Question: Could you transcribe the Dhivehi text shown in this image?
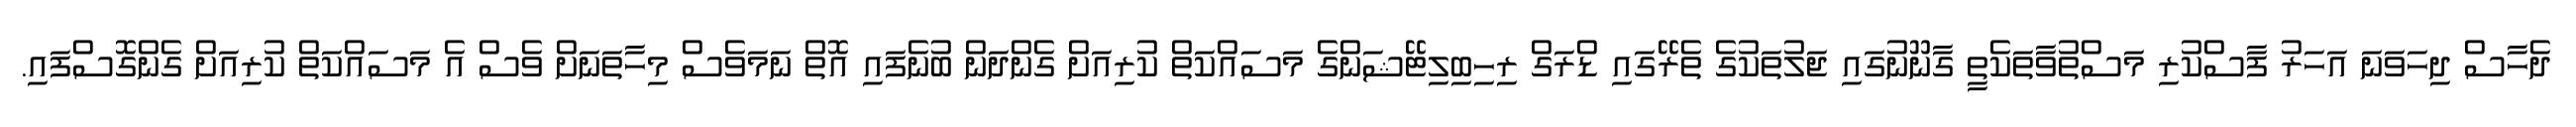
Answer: ދެހާސް ދިހަވަނަ އަހަރު ފާސްކުރި މަސްތުވާތަކެތީ ގާނޫނުގައި ޖަލުތަކުގެ ތެރޭގައި ޑްރަގް ރިހިބިލިޓޭޝަންގެ މަސައްކަތް ކުރިއަށް ގެންދަން ބުނެފައި އޮތް ނަމަވެސް މިހާތަނަށް ވެސް އެ މަސައްކަތް ކުރިއަށް ގެންގޮސްފައި.